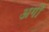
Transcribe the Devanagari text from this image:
अगौ